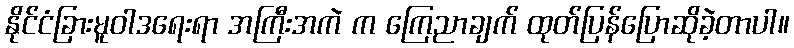
နိုင်ငံခြားမူဝါဒရေးရာ အကြီးအကဲ က ကြေညာချက် ထုတ်ပြန်ပြောဆိုခဲ့တာပါ။